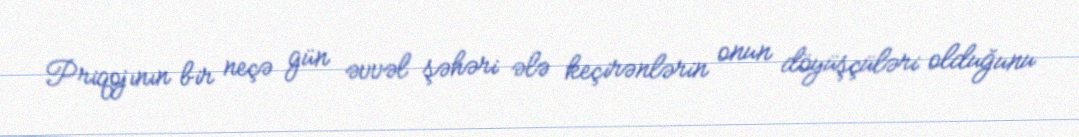
Priqojının bir neçə gün əvvəl şəhəri ələ keçirənlərin onun döyüşçüləri olduğunu